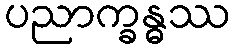
ပညာက္ခန္ဓဿ